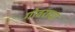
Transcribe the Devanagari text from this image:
गोवराचा